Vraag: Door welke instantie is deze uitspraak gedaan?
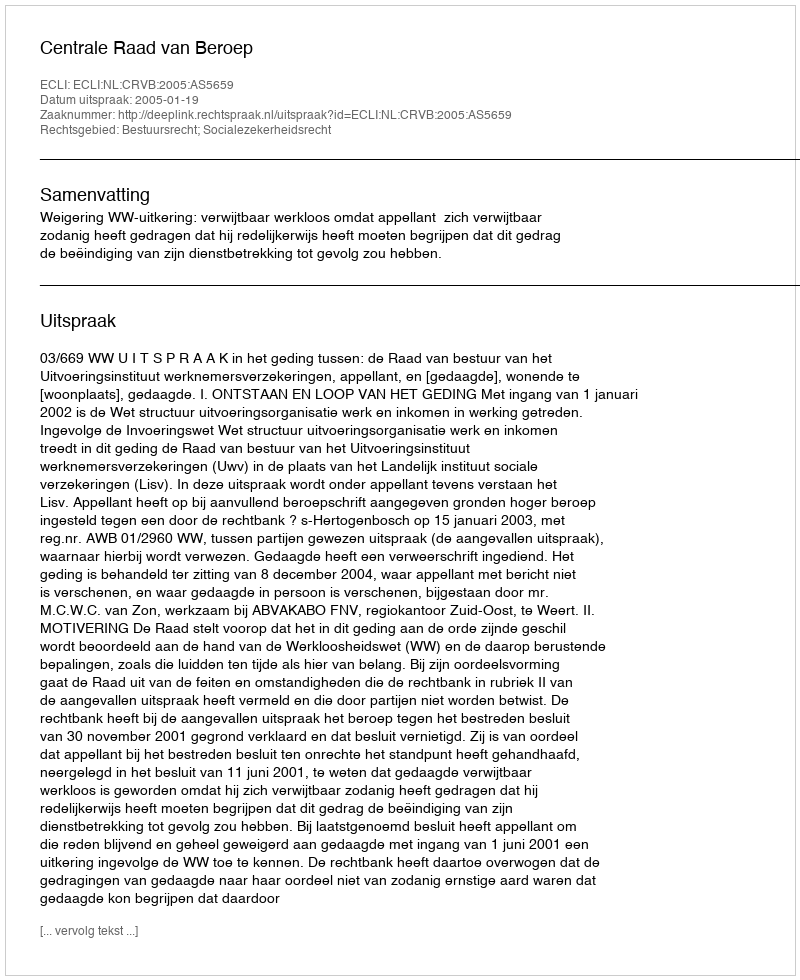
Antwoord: Centrale Raad van Beroep